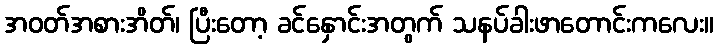
အဝတ်အစားအိတ်၊ ပြီးတော့ ခင်နှောင်းအတွက် သနပ်ခါးဖာတောင်းကလေး။